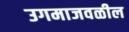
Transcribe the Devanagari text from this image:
उगमाजवळील